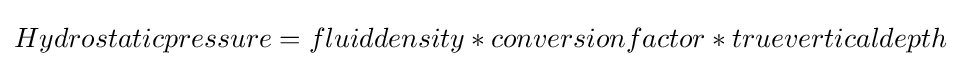
Hydrostaticpressure=fluiddensity*conversionfactor*trueverticaldepth